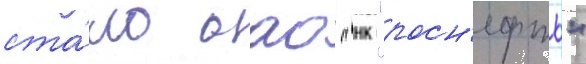
ста́ло оао "нк "росн'ефть"